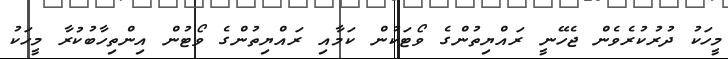
މީހަކު ދުރުކުރެވެން ޖެހޭނީ ރައްޔިތުންގެ ވޯޓަކުން ކަމާއި ރައްޔިތުންގެ ވޯޓުން އިންތިހާބުކުރާ މީހަކު